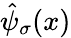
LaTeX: \hat{\psi}_{\sigma}(x)